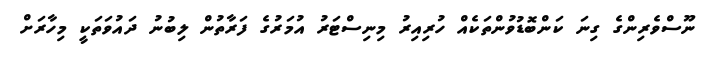
ނޫސްވެރިންގެ ގިނަ ކަންބޮޑުވުންތަކެއް ހުރިއިރު މިނިސްޓަރު އުމަރުގެ ފަރާތުން ލިބުނު ދައުވަތަކީ މިހާރަށް